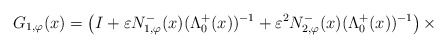
\begin{align*}G_{1, \varphi}(x) = \left(I + \varepsilon N_{1,\varphi}^{-}(x) (\Lambda^{+}_{0}(x))^{-1} + \varepsilon^2 N_{2,\varphi}^{-}(x) (\Lambda^{+}_{0}(x))^{-1}\right) \times\end{align*}